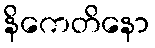
နိကေတိနော